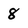
Character: 8